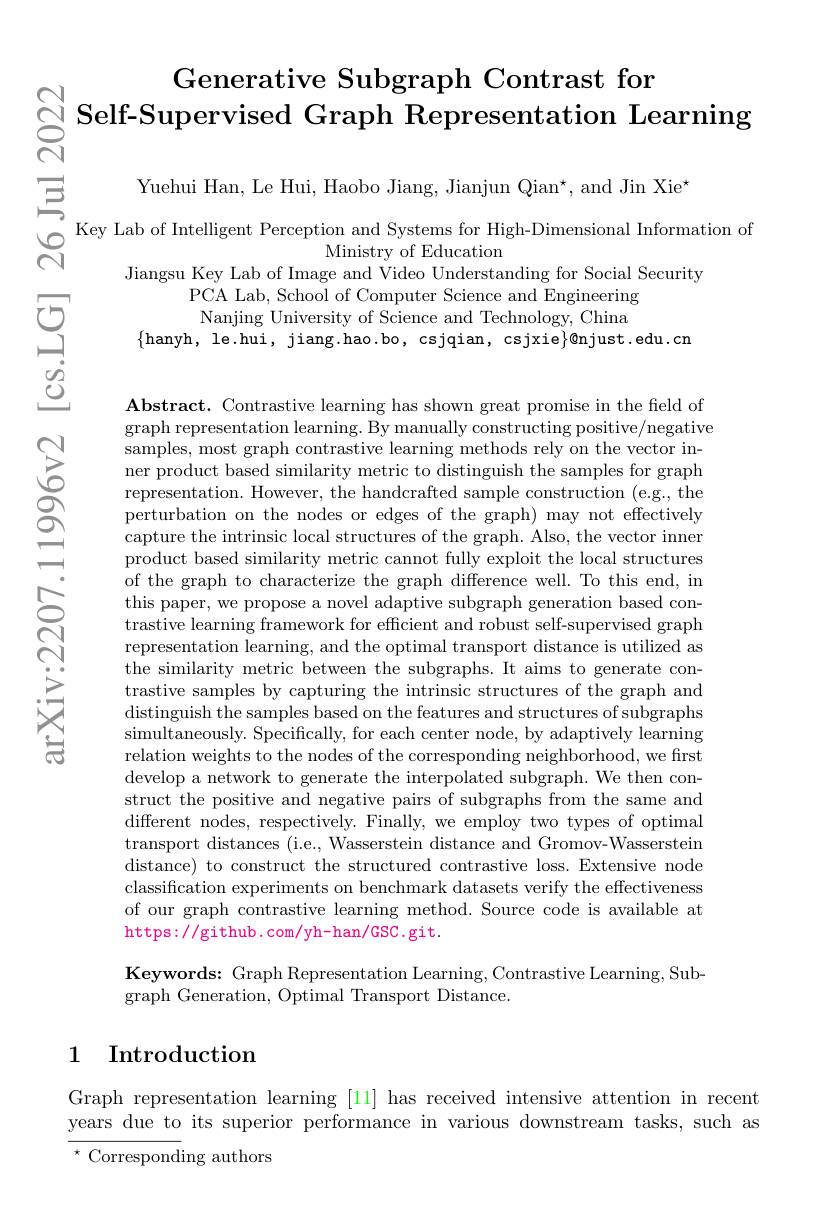
$\begin{array}{c}\mathrm{Generative~Subgraph~Contrast~for}\\\mathrm{C}\\\mathrm{Self-Supervised~Graph~Representation~Learning}\end{array}$

不

Yuehui Han, Le Hui, Haobo Jiang, Jianjun Qian*, and Jin Xie

三

Jiangsu Key Lab of Image and Video Understanding for Social Security
PCA Lab, School of Computer Science and Engineering Nanjing University of Science and Technology, China
$\{$hanyh, le.hui, jiang.hao.bo, csjqian, csjxie$\}\emptyset$njust.edu.cn

$ড়$

$పై$

$ଡ଼ି$

$ప్రా$

一

一

5

$ନ୍ରି$

Abstract. Contrastive learning has shown great promise in the field of graph representation learning. By manually constructing positive/negative samples, most graph contrastive learning methods rely on the vector inner product based similarity metric to distinguish the samples for graph representation. However, the handcrafted sample construction (e.g., the perturbation on the nodes or edges of the graph) may not effectively capture the intrinsic local structures of the graph. Also, the vector inner product based similarity metric cannot fully exploit the local structures of the graph to characterize the graph difference well. To this end, in this paper, we propose a novel adaptive subgraph generation based contrastive learning framework for effcient and robust self-supervised graph representation learning, and the optimal transport distance is utilized as the similarity metric between the subgraphs. It aims to generate contrastive samples by capturing the intrinsic structures of the graph and distinguish the samples based on the features and structures of subgraphs $\sin$ultaneously. Specifically, for each center node, by adaptively learning relation weights to the nodes of the corresponding neighborhood, we first develop a network to generate the interpolated subgraph. We then construct the positive and negative pairs of subgraphs from the same and different nodes, respectively. Finally, we employ two types of optimal transport distances (i.e., Wasserstein distance and Gromov-Wasserstein distance) to construct the structured contrastive loss. Extensive node classification experiments on benchmark datasets verify the effectiveness of our graph contrastive learning method. Source code is available at https://github.com/yh-han/GSC.git.

$స్రాని$

Keywords: Graph Representation Learning, Contrastive Learning, Sub-
graph Generation, Optimal Transport Distance.

## 1 Introduction

Graph representation learning [11] has received intensive attention in recent years due to its superior performance in various downstream tasks, such as $^{\star}$ Corresponding authors